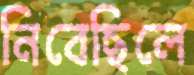
নিবেছিলে